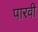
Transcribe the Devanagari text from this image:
पारवी